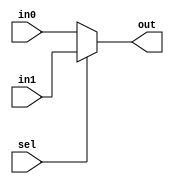
module mux_small (out, sel, in0, in1) ;
	input in0, in1, sel ;
	output out ;
	
	assign out = (sel) ? in1 : in0 ;
endmodule

module mux_big (out, sel, in) ;
	input[7:0] in ;
	input[2:0] sel ;
	output out ;
	
	wire[3:0] w1 ;
	mux_small m10 (w1[0], sel[0], in[0], in[1]) ;
	mux_small m11 (w1[1], sel[0], in[2], in[3]) ;
	mux_small m12 (w1[2], sel[0], in[4], in[5]) ;
	mux_small m13 (w1[3], sel[0], in[6], in[7]) ;
	
	wire[1:0] w2 ;
	mux_small m20 (w2[0], sel[1], w1[0], w1[1]) ;
	mux_small m21 (w2[1], sel[1], w1[2], w1[3]) ;
	
	mux_small m3 (out, sel[2], w2[0], w2[1]) ;
endmodule